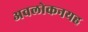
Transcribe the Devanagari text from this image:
अवलोकनयह